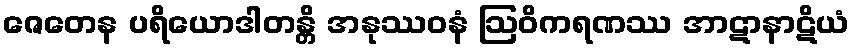
ဇေတေန ပရိယောဒါတန္တိ အနုဿဝနံ ဩဝိကရဏဿ အာဋာနာဋိယံ